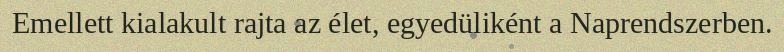
Emellett kialakult rajta az élet, egyedüliként a Naprendszerben.